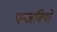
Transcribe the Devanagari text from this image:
पन्जबियो